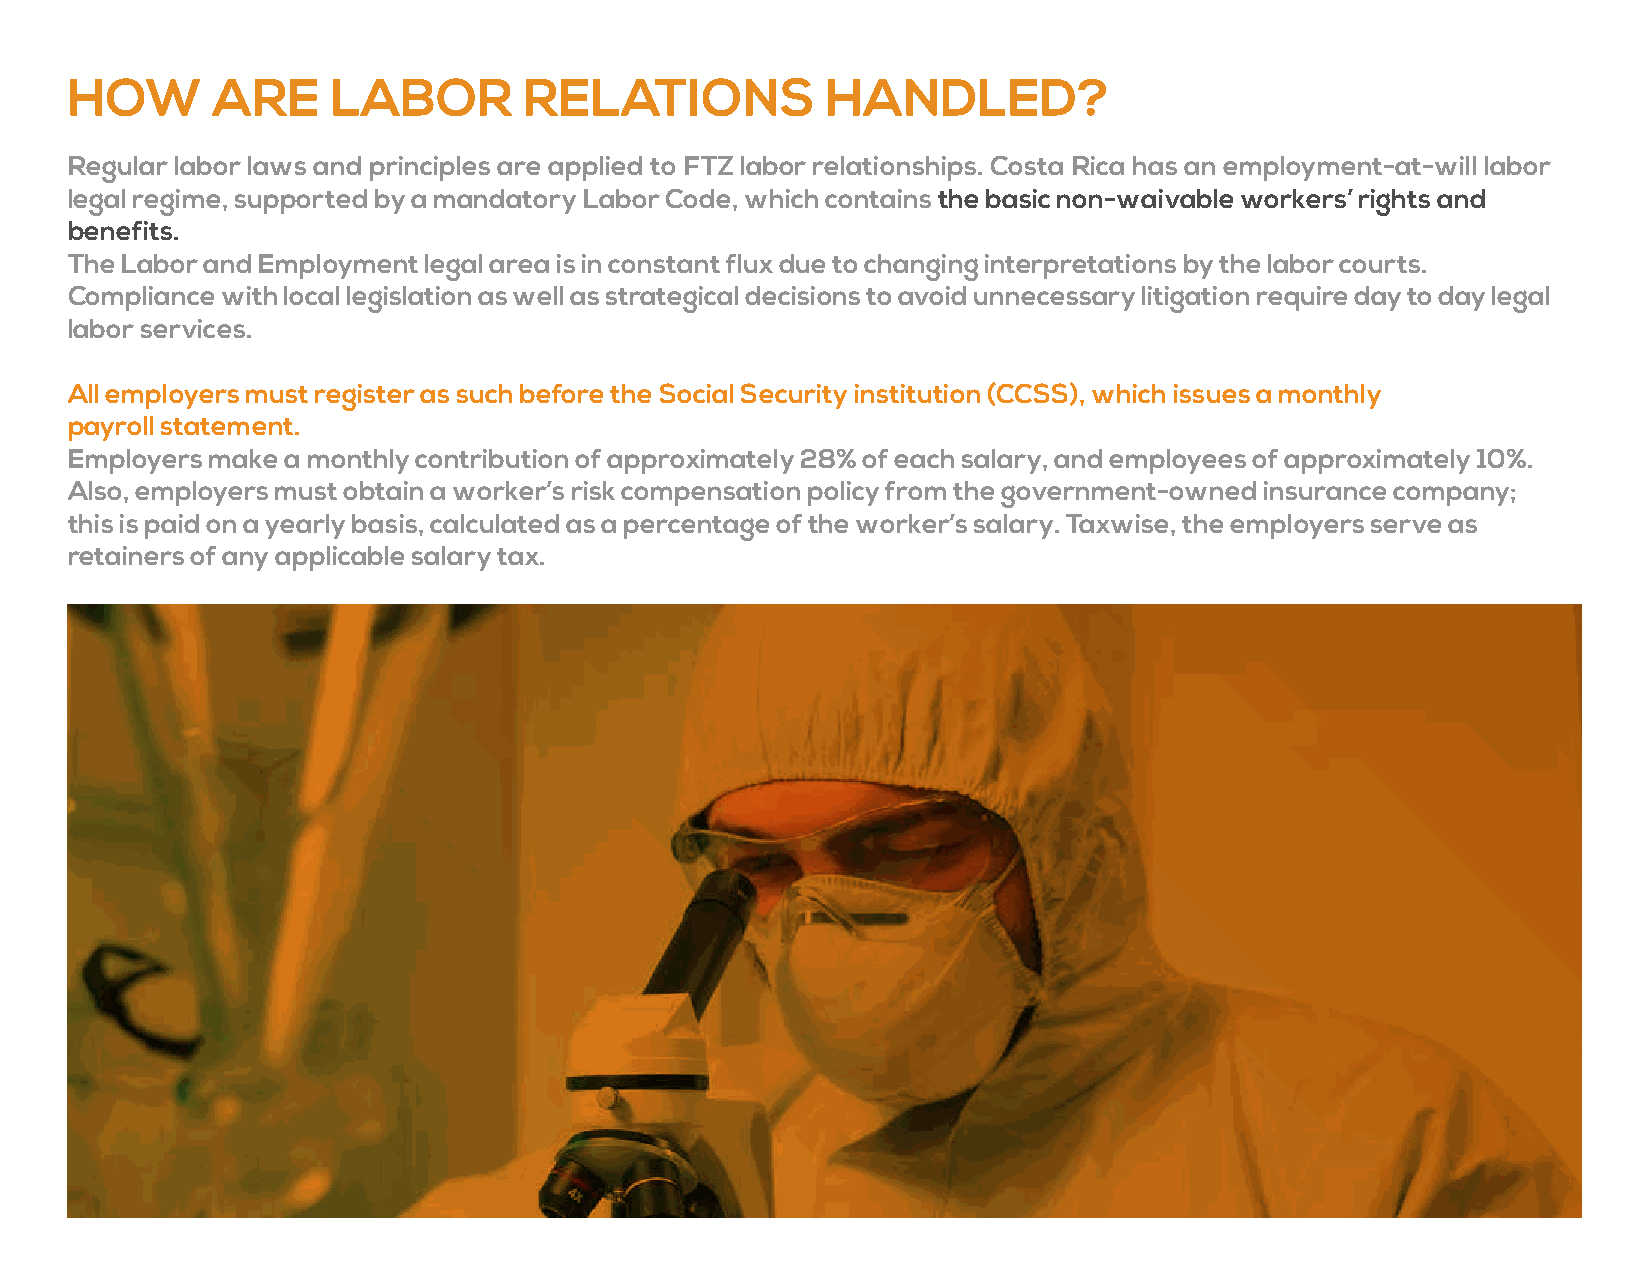
HOW       ARE     LABOR        RELATIONS           HANDLED?
 Regular labor laws and principles are applied to FTZ labor relationships. Costa Rica has an employment-at-will labor
 legal regime, supported by a mandatory Labor Code, which contains the basic non-waivable workers’ rights and
 benefits.
 The Labor and Employment legal area is in constant flux due to changing interpretations by the labor courts.
 Compliance with local legislation as well as strategical decisions to avoid unnecessary litigation require day to day legal
 labor services.
 All employers must register as such before the Social Security institution (CCSS), which issues a monthly
 payroll statement.
 Employers make a monthly contribution of approximately 28% of each salary, and employees of approximately 10%.
 Also, employers must obtain a worker’s risk compensation policy from the government-owned insurance company;
 this is paid on a yearly basis, calculated as a percentage of the worker’s salary. Taxwise, the employers serve as
 retainers of any applicable salary tax.